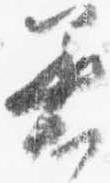
着